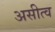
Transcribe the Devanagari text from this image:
असीत्व